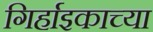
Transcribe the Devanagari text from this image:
गिर्हाइकाच्या